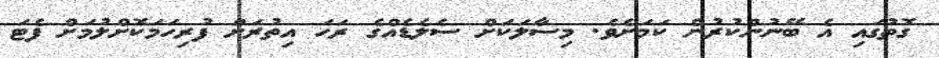
ގޮތުގައި އެ ބޭނުންކުރުން ކަމަށެވެ. މިސާލަކަށް ސެލެޑެއްގެ ރަހަ އިތުރަށް ފުރިހަމަކޮށްލުމަށް ފެޓަ